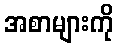
အစာများကို